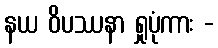
နယ ဝိပဿနာ ရှုပုံကား -